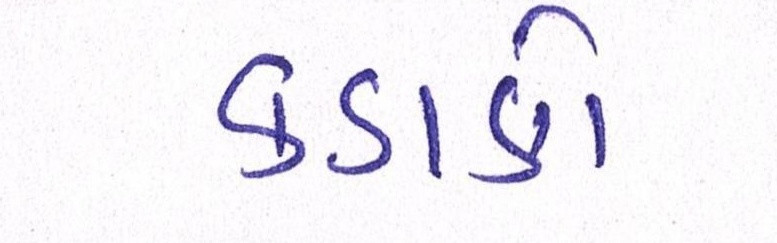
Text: કડાકો